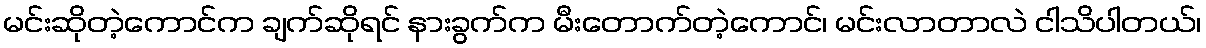
မင်းဆိုတဲ့ကောင်က ချက်ဆိုရင် နားခွက်က မီးတောက်တဲ့ကောင်၊ မင်းလာတာလဲ ငါသိပါတယ်၊